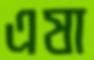
এষা